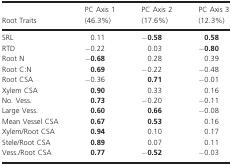
| Root Traits | PC Axis 1 (46.3%) | PC Axis 2 (17.6%) | PC Axis 3 (12.3%) |
 | --- | --- | --- | --- |
 | SRL | 0.11 | −0.58 | 0.58 |
 | RTD | −0.22 | 0.03 | −0.80 |
 | Root N | −0.68 | 0.28 | 0.39 |
 | Root C:N | 0.69 | −0.22 | −0.48 |
 | Root CSA | −0.36 | 0.71 | −0.01 |
 | Xylem CSA | 0.90 | 0.33 | 0.16 |
 | No. Vess. | 0.73 | −0.20 | −0.11 |
 | Large Vess. | 0.60 | 0.66 | −0.08 |
 | Mean Vessel CSA | 0.67 | 0.53 | 0.16 |
 | Xylem/Root CSA | 0.94 | 0.10 | 0.17 |
 | Stele/Root CSA | 0.89 | 0.07 | 0.11 |
 | Vess./Root CSA | 0.77 | −0.52 | −0.03 |